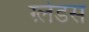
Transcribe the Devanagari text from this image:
ग़्लेडस